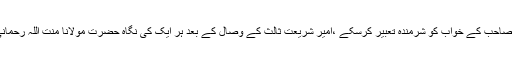
امارت شرعیہ کو ایک ایسے قائد کی ضرورت تھی جو ابوالمحاسن مولانا سجاد صاحب کے خواب کو شرمندہ تعبیر کرسکے ،امیر شریعت ثالث کے وصال کے بعد ہر ایک کی نگاہ حضرت مولانا منت اللہ رحمانی کی طرف اٹھ رہی تھی اور مولانا اس عظیم منصب کے لئے تیا ر نہیں تھے ۔